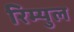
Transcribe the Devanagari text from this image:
रिम्युल